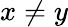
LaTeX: x\neq y